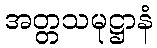
အတ္တသမုဋ္ဌာနံ